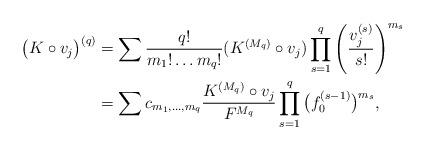
LaTeX: \begin{align*}\big( K\circ v_j \big)^{(q)} &= \sum \frac{q!}{m_1!\dots m_q!} (K^{(M_q)}\circ v_j) \prod_{s=1}^q \left( \frac{v_j^{(s)}}{s!} \right)^{m_s} \\&= \sum c_{m_1, \ldots, m_q} \frac{K^{(M_q)}\circ v_j}{F^{M_q}} \prod_{s=1}^q \big(f_0^{(s-1)}\big)^{m_s},\end{align*}